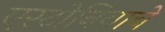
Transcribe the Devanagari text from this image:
एस्टोनियाचे